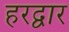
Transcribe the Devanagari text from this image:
हरद्वार